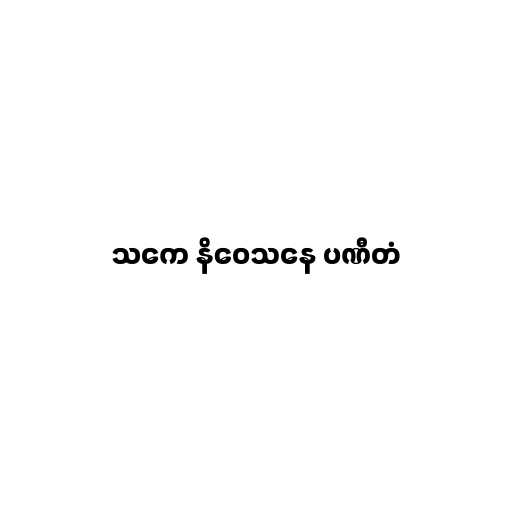
သကေ နိဝေသနေ ပဏီတံ